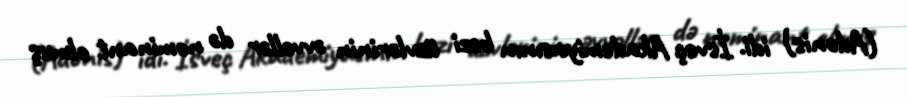
(Adonis) idi. İsveç Akademiyasının bəzi üzvlərinin əvvəllər də nominant olmuş